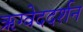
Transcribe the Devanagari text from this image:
ऋग्वेददर्शन